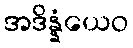
အဒိန္နံယေဝ